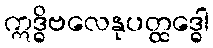
ဣဒ္ဓိဗလေနုပတ္ထဒ္ဓေါ